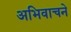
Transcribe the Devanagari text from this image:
अभिवाचने